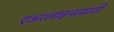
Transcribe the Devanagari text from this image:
एअरलाइन्ससाठी